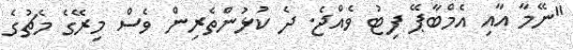
"ނޭމާ އާއި އެމްބާޕޭ ފިޓު ވެއްޖެ. ދެ ކުޅުންތެރިން ވެސް މިރޭގެ މެޗުގެ